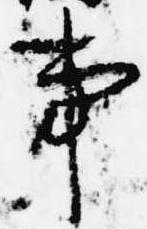
事